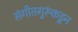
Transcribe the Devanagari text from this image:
संगीतगुरूंकडून